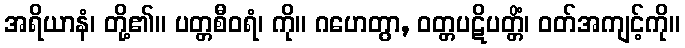
အရိယာနံ၊ တို့၏။ ပတ္တစီဝရံ၊ ကို။ ဂဟေတွာ, ဝတ္တပဋိပတ္တိံ၊ ဝတ်အကျင့်ကို။